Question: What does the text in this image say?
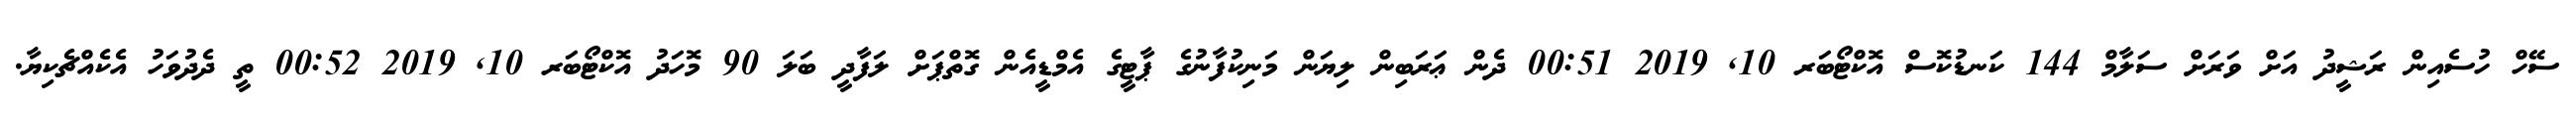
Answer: ސޭހް ހުސެއިން ރަޝީދު އަށް ވަރަށް ސަލާމް 144 ކަނޑުކޮސް އޮކްޓޯބަރ 10, 2019 00:51 ދެން ޢަރަބިން ލިޔަން މަނިކުފާނުގެ ޕާޓީގެ އެމްޑީއެން ގޮތްޕަށް ލަފާދީ ބަލަ 90 މޮހަދު އޮކްޓޯބަރ 10, 2019 00:52 ތީ ދެދުވަހު އެކެއްޗެކިޔާ.